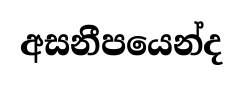
අසනීපයෙන්ද